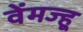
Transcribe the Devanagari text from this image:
वेंमज्हू